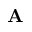
\textbf { A }